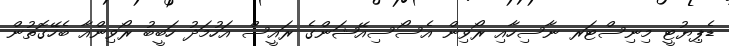
ޑެޕިޔުޓީ މިނިސްޓަރ ނާސިހާއި ރޯވިން އެސޯސިއޭޝަންގެ ރައީސް އަހުމަދު ހަބީބު ރޯވިންއާ ބެހޭގޮތުން